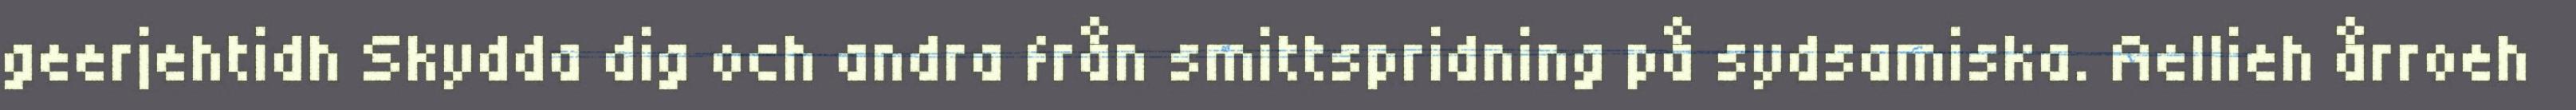
geerjehtidh Skydda dig och andra från smittspridning på sydsamiska. Aellieh årroeh